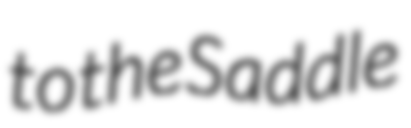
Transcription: to the Saddle